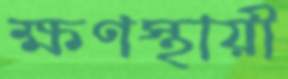
ক্ষণস্থায়ী